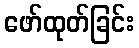
ဖော်ထုတ်ခြင်း